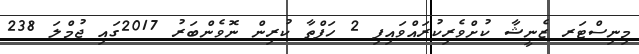
މިނިސްޓަރ ޒެނީޝާ ކުށްވެރިކުރައްވައިފި 2 ހަފްތާ ކުރިން ނޮވެންބަރު 2017ގައި ޖުމްލަ 238